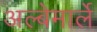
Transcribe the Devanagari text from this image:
अल्बेमार्ले